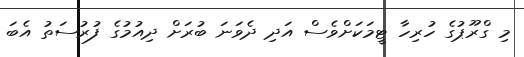
މި ގްރޫޕުގެ ހުރިހާ ޓީމަކަށްވެސް އަދި ދެވަނަ ބުރަށް ދިއުމުގެ ފުރުސަތު އެބަ